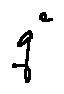
q ^ { c }